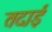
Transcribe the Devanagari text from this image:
तदाई